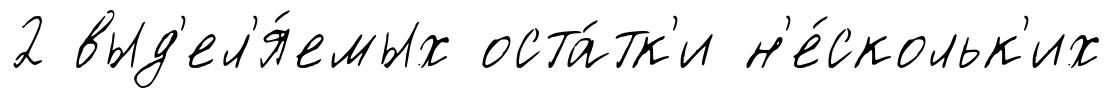
2 выд'ел'я́емых оста́тк'и н'е́скольк'их